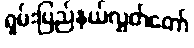
ရှမ်းပြည်နယ်လွှတ်တော်